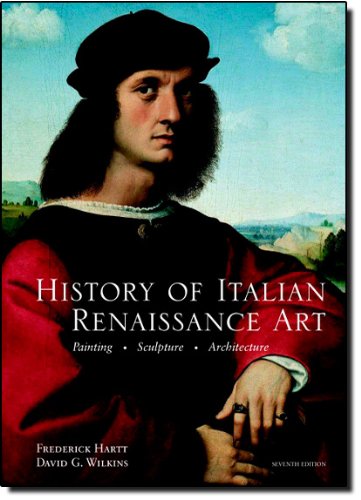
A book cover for History of Italian Renaissance Art, 7th Edition; Frederick Hartt; Arts & Photography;